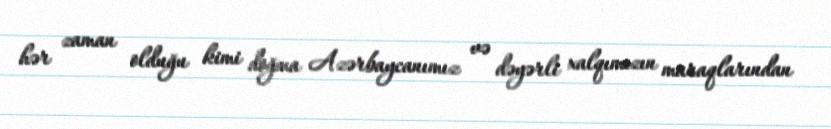
hər zaman olduğu kimi doğma Azərbaycanımız və dəyərli xalqımızın maraqlarından